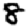
Digit: 8